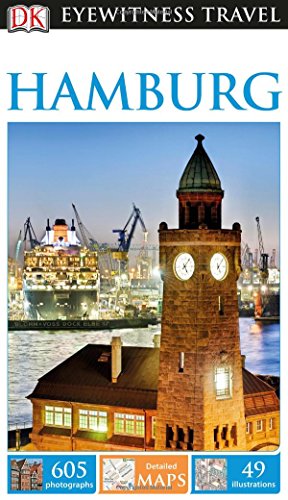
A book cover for DK Eyewitness Travel Guide: Hamburg; Travel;